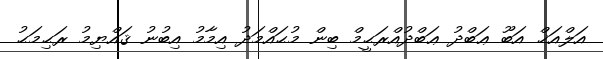
އަލްއަޚް އަބޫ ޢަބްދު ޢަބްދުއްރަޙީމް ބިން މުޙައްމަދު އިމާމު އިބުނު ޤައްޔިމު ރަޙިމަޙު